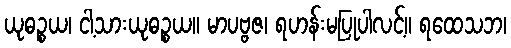
ယုဓဉ္စယ၊ ငါ့သားယုဓဉ္စယ။ မာပဗ္ဗဇ၊ ရဟန်းမပြုပါလင့်။ ရထေသဘ၊